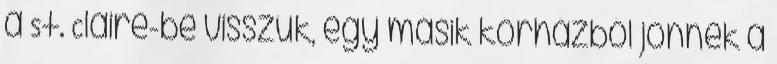
a St. Claire-be visszük, egy másik kórházból jönnek a